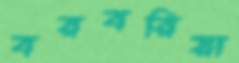
বরবরিয়া